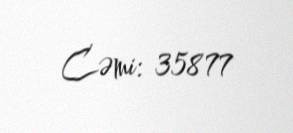
Cəmi: 35877